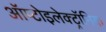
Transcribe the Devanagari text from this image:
ऑप्टोइलेक्ट्रॉनिक